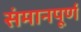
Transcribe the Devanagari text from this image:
संमानपूर्ण